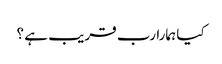
کیا ہمارا رب قریب ہے ؟